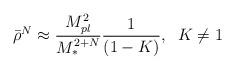
LaTeX: \begin{align*}\bar{\rho}^{N} \approx \frac{M_{pl}^{2}}{M_{\ast}^{2+N}}\frac{1}{(1 -K)},\;\; K\neq 1\end{align*}